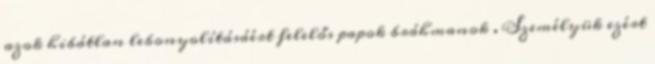
azok hibátlan lebonyolításáért felelős papok bráhmanok . Személyük ezért